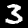
Digit: 3